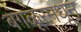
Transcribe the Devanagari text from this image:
बंगळूरमधून